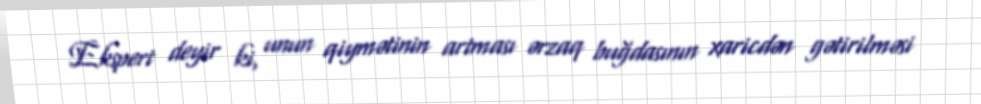
Ekspert deyir ki, unun qiymətinin artması ərzaq buğdasının xaricdən gətirilməsi